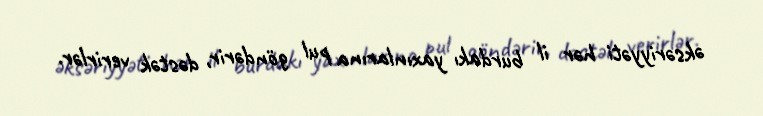
əksəriyyəti hər il burdakı yaxınlarına pul göndərir, dəstək verirlər.